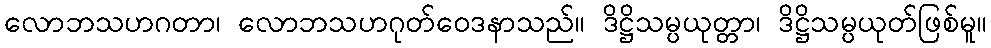
လောဘသဟဂတာ၊ လောဘသဟဂုတ်ဝေဒနာသည်။ ဒိဋ္ဌိသမ္ပယုတ္တာ၊ ဒိဋ္ဌိသမ္ပယုတ်ဖြစ်မူ။